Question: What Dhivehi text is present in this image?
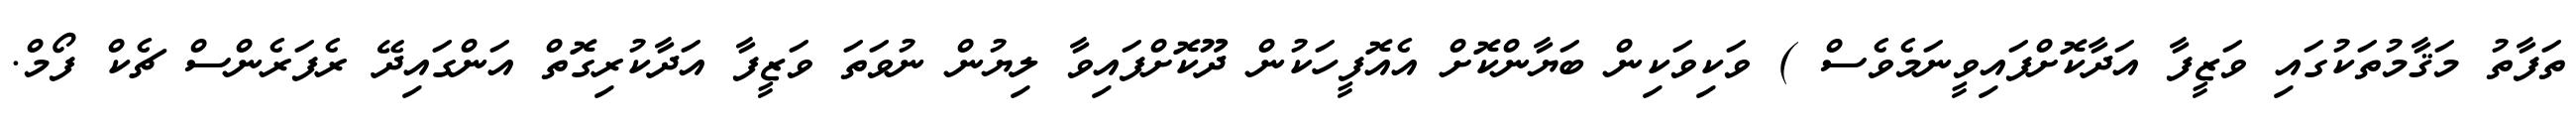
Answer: ތަފާތު މަޤާމުތަކުގައި ވަޒީފާ އަދާކޮށްފައިވީނަމެވެސް ) ވަކިވަކިން ބަޔާންކޮށް އެއޮފީހަކުން ދޫކޮށްފައިވާ ލިޔުން ނުވަތަ ވަޒީފާ އަދާކުރިގޮތް އަންގައިދޭ ރެފަރެންސް ޗެކް ފޯމް.